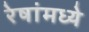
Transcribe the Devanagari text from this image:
रेषांमध्ये